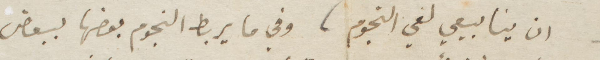
ان ينابيعي لفي النجوم، وفي ما يربط النجوم بعضها ببعض